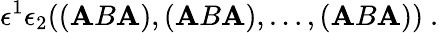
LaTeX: \epsilon^{1}\epsilon_{2}((\mathbf{A}B\mathbf{A}),(\mathbf{A}B\mathbf{A}),\dots,(\mathbf{A}B\mathbf{A}))\ .